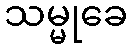
သမ္မုခေ